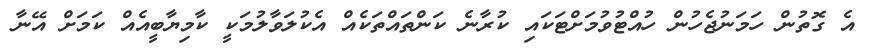
އެ ގޮތުން ހަމަނުޖެހުން ހުއްޓުވުމަށްޓަކައި ކުރާނެ ކަންތައްތަކެއް އެކުލަވާލުމަކީ ކާމިޔާބީއެއް ކަމަށް އޭނާ